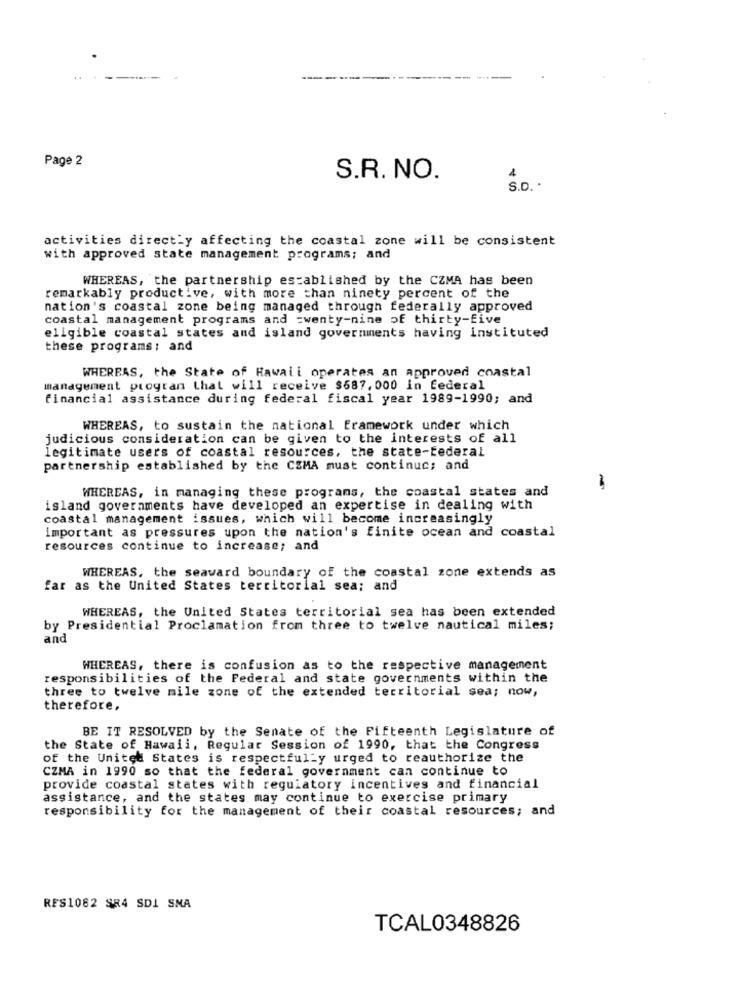
Page 2
S.R. NO.
4
S.D.
activities directly affecting the coastal zone will be consistent
with approved state management programs; and
WHEREAS, the partnership established by the CZMA has been
remarkably productive, with more than ninety percent of the
nation's coastal zone being managed through federally approved
coastal management programs and twenty-nine of thirty-five
eligible coastal states and island governments having instituted
these programs; and
WHEREAS, the State of Hawaii operates an approved coastal
management program that will receive $687,000 in federal
financial assistance during federal fiscal year 1989-1990; and
WHEREAS, to sustain the national framework under which
judicious consideration can be given to the interests of all
legitimate users of coastal resources, the state-federal
partnership established by the CZMA must continue; and
WHEREAS, in managing these programs, the coastal states and
island governments have developed an expertise in dealing with
coastal management issues, which will become increasingly
important as pressures upon the nation's finite ocean and coastal
resources continue to increase; and
WHEREAS, the seaward boundary of the coastal zone extends as
far as the United States territorial sea; and
WHEREAS, the United States territorial sea has been extended
by Presidential Proclamation from three to twelve nautical miles;
and
WHEREAS, there is confusion as to the respective management
responsibilities of the Federal and state governments within the
three to twelve mile zone of the extended territorial sea; now,
therefore,
BE IT RESOLVED by the Senate of the Fifteenth Legislature of
the State of Hawaii, Regular Session of 1990, that the Congress
of the United States is respectfully urged to reauthorize the
CZMA in 1990 so that the federal government can continue to
provide coastal states with regulatory incentives and financial
assistance, and the states may continue to exercise primary
responsibility for the management of their coastal resources; and
RES1082 SR4 SDI SMA
TCAL0348826